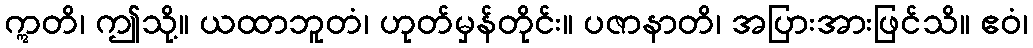
ဣတိ၊ ဤသို့။ ယထာဘူတံ၊ ဟုတ်မှန်တိုင်း။ ပဇာနာတိ၊ အပြားအားဖြင်သိ။ ဧဝံ၊